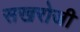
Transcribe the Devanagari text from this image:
सखरोजी